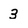
Character: 3